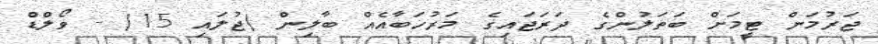
ޖަރުމަން ޓީމަށް ބަތަލުންގެ ދަރަޖައިގެ މަރުހަބާއެއް ބާލިން (ޖުލައި 15) - ވޯލްޑް